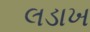
લડાખ